65_HS1-834228961_62-HQ-83894_Section_7
Agency: FBI
Page 103
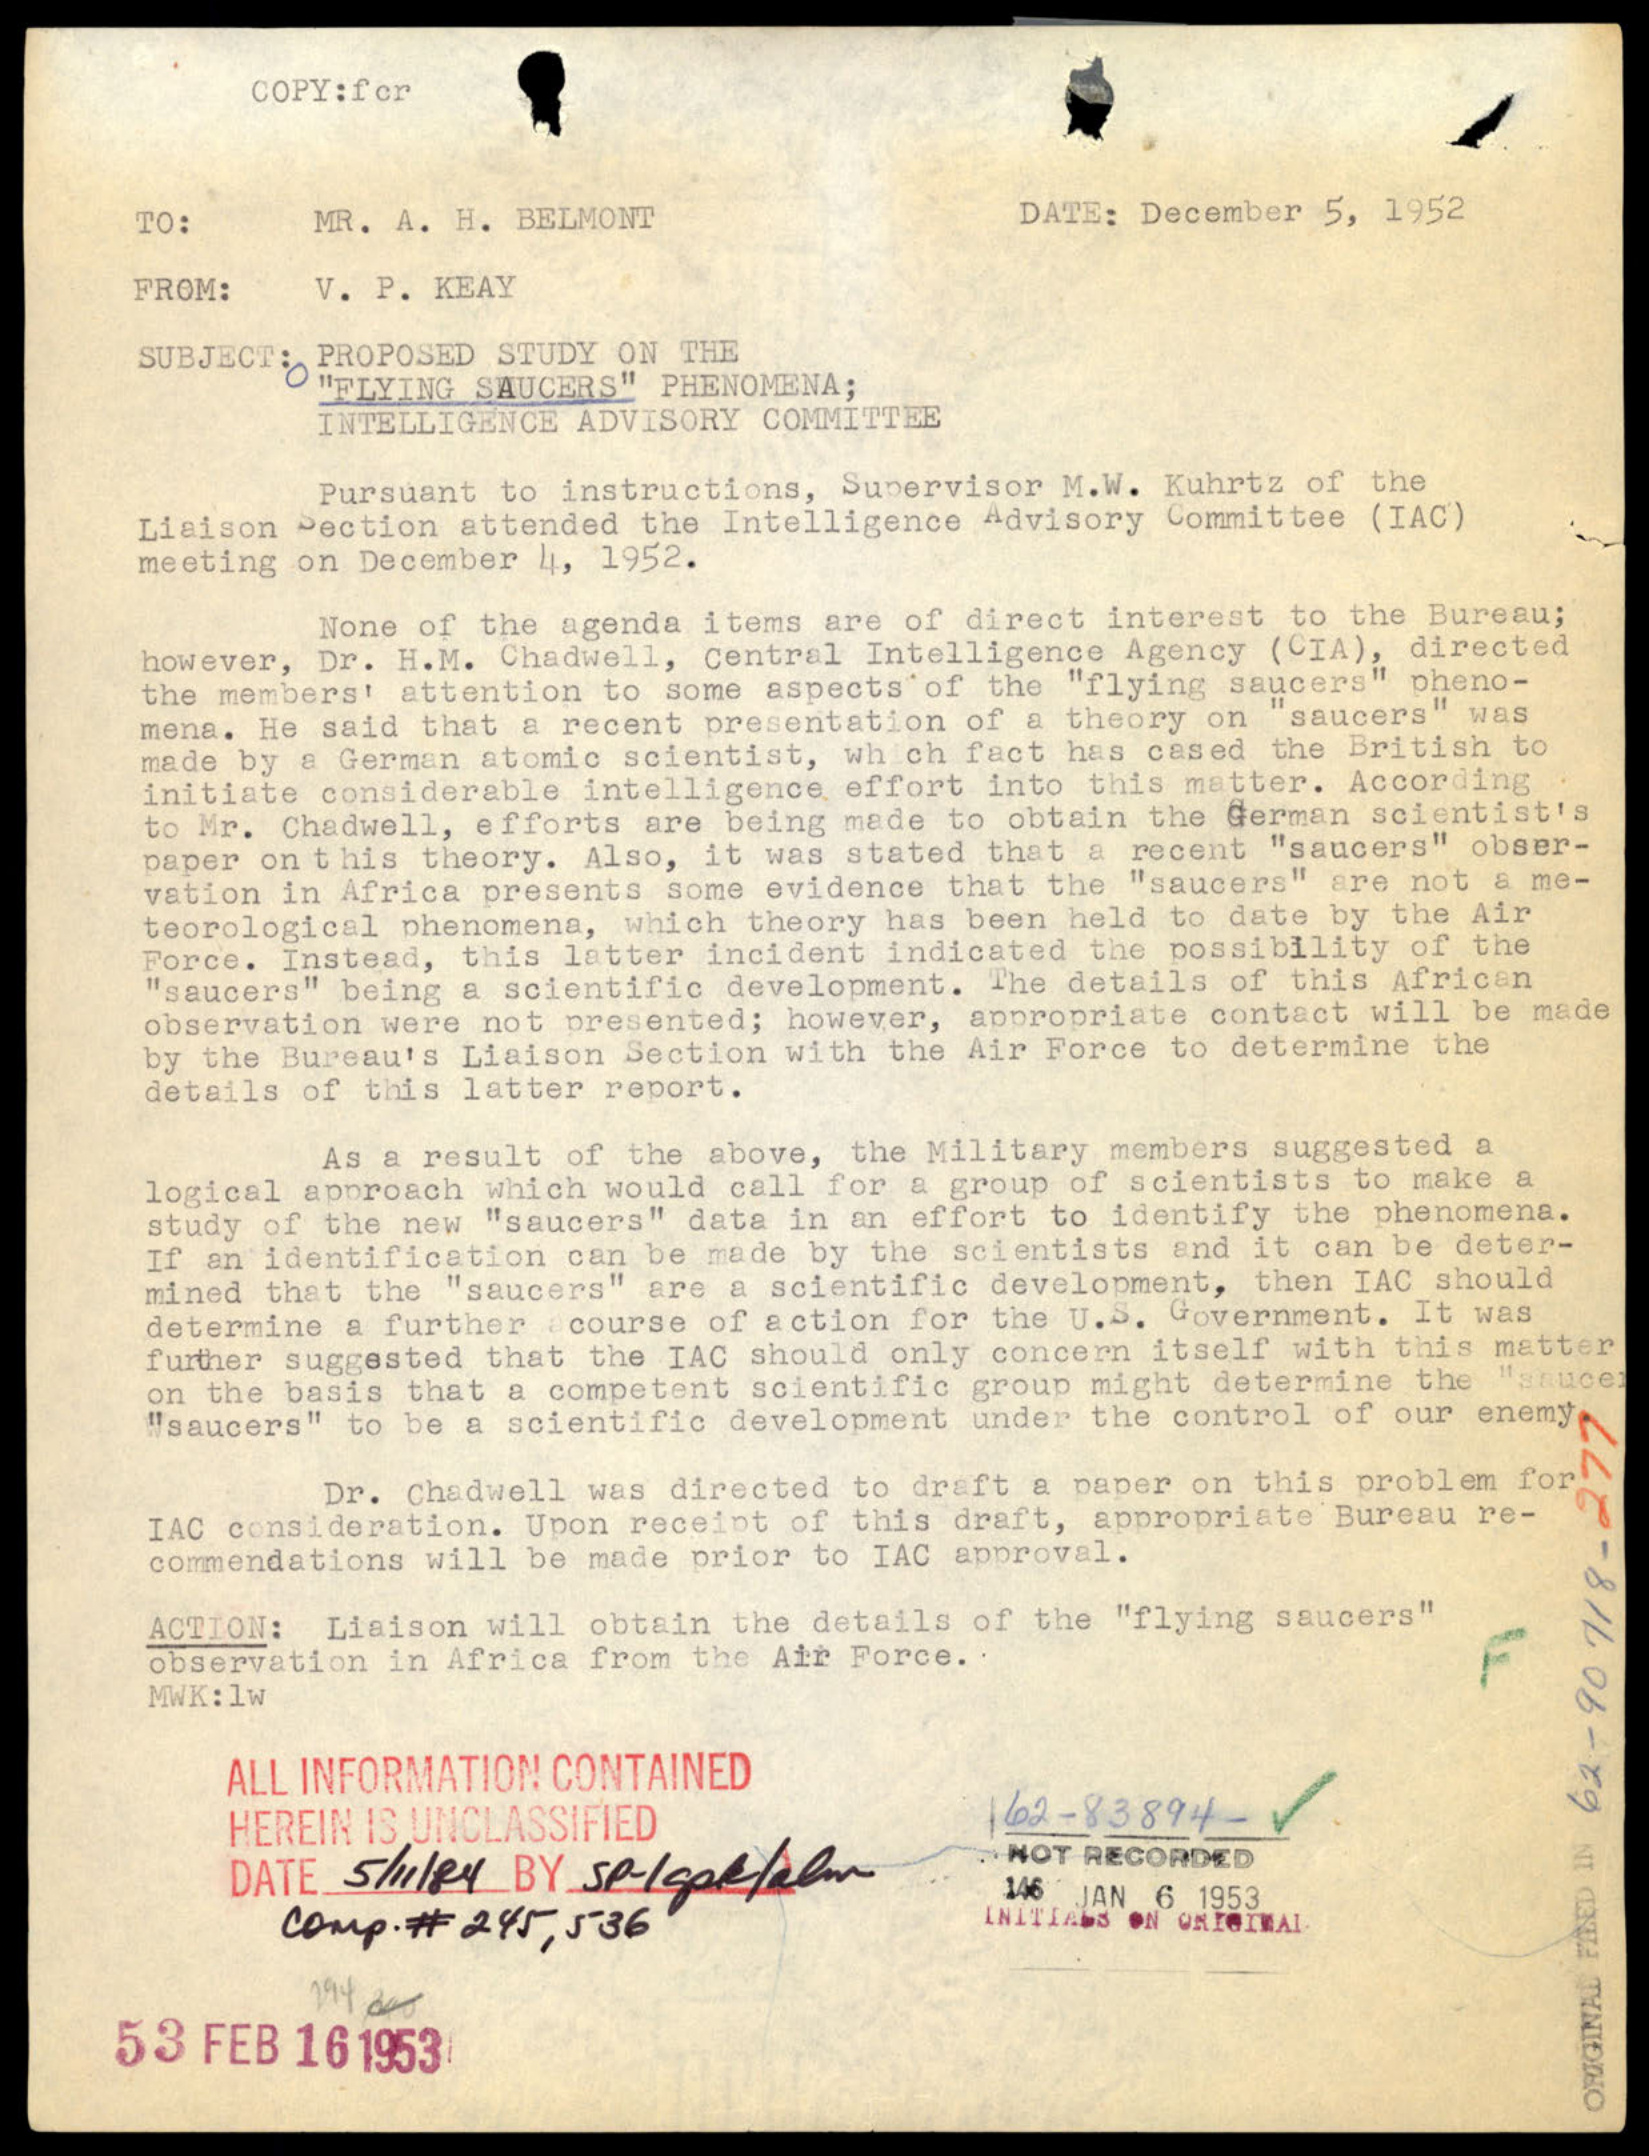